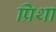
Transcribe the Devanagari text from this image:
प्रिथा